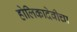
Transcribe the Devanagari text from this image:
होलिकादेवीचा